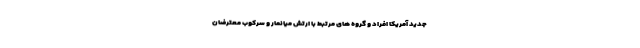
جدید آمریکا افراد و گروه های مرتبط با ارتش میانمار و سرکوب معترضان